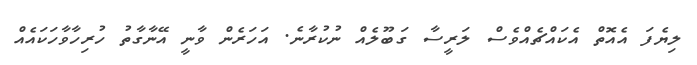
ލިޔެފަ އެއޮތް އެކައްޗެއްވެސް ލަރީސާ ގަބޫލެއް ނުކުރާނެ. އަހަރެން ވާނީ އޭނާގާތު ހުރިހާވާހަކައެއް